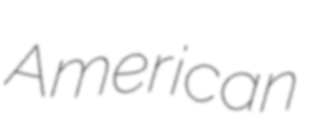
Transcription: American